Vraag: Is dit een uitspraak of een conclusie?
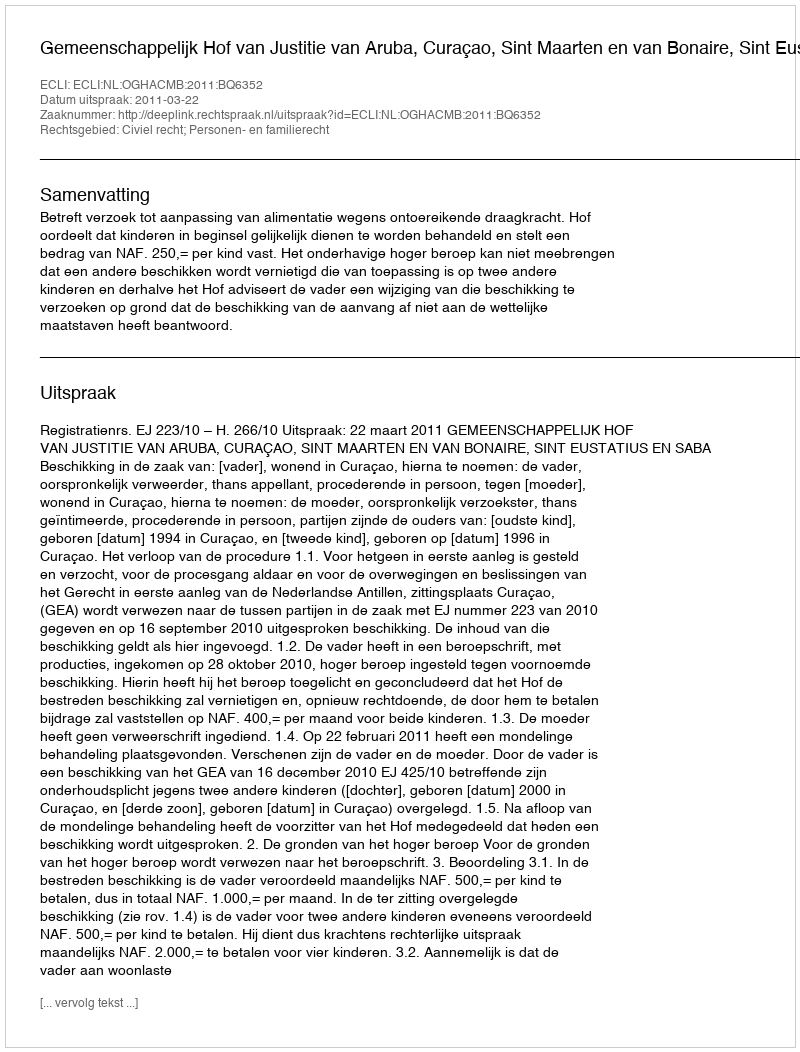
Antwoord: Uitspraak